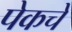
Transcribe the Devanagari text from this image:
पेकचे